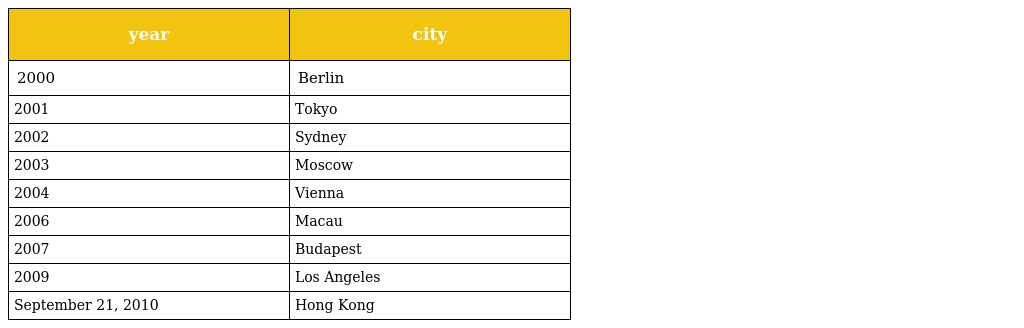
| year | city |
 | --- | --- |
 | 2000 | Berlin |
 | 2001 | Tokyo |
 | 2002 | Sydney |
 | 2003 | Moscow |
 | 2004 | Vienna |
 | 2006 | Macau |
 | 2007 | Budapest |
 | 2009 | Los Angeles |
 | September 21, 2010 | Hong Kong |